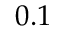
0 . 1 \hphantom { 0 0 0 0 }